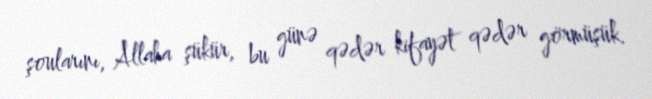
şoularını, Allaha şükür, bu günə qədər kifayət qədər görmüşük.